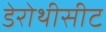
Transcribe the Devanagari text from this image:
डेरोथीसीट